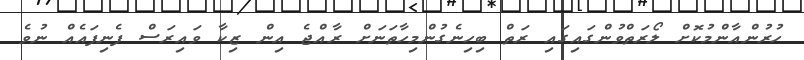
ހުރުންއާންމުކޮށް ލޯރަތްވުންގައިގައި ރަތް ބިހިނެގުންމިހާތަނަށް ރާއްޖެ އިން ޒިކާ ވައިރަސް ފެނިފައެއް ނުވެ